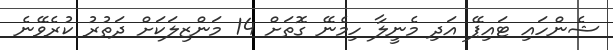
ޝެންހައި ޓައިޕޭ އަދި މެނީލާ ހިމެނޭ ގޮތަށް 14 މަންޒިލަކަށް ދަތުރު ކުރެވޭނެ